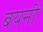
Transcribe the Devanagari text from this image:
बयनी